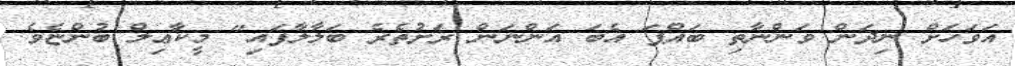
އަވަހަށް ނިދަން ވަންނާތި ބައްޕަ އެބަ އަންނަން ރަށުތެރެ ބަލާލާފައި" މީކާޢިލް ބުންޏެވެ.